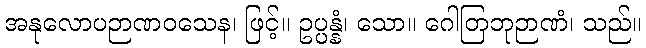
အနုလောပဉာဏဝသေန၊ ဖြင့်။ ဥပ္ပန္နံ၊ သော။ ဂေါတြဘုဉာဏံ၊ သည်။